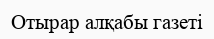
Отырар алқабы газеті